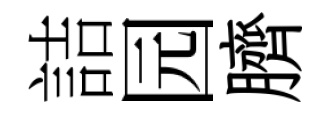
詰园臍